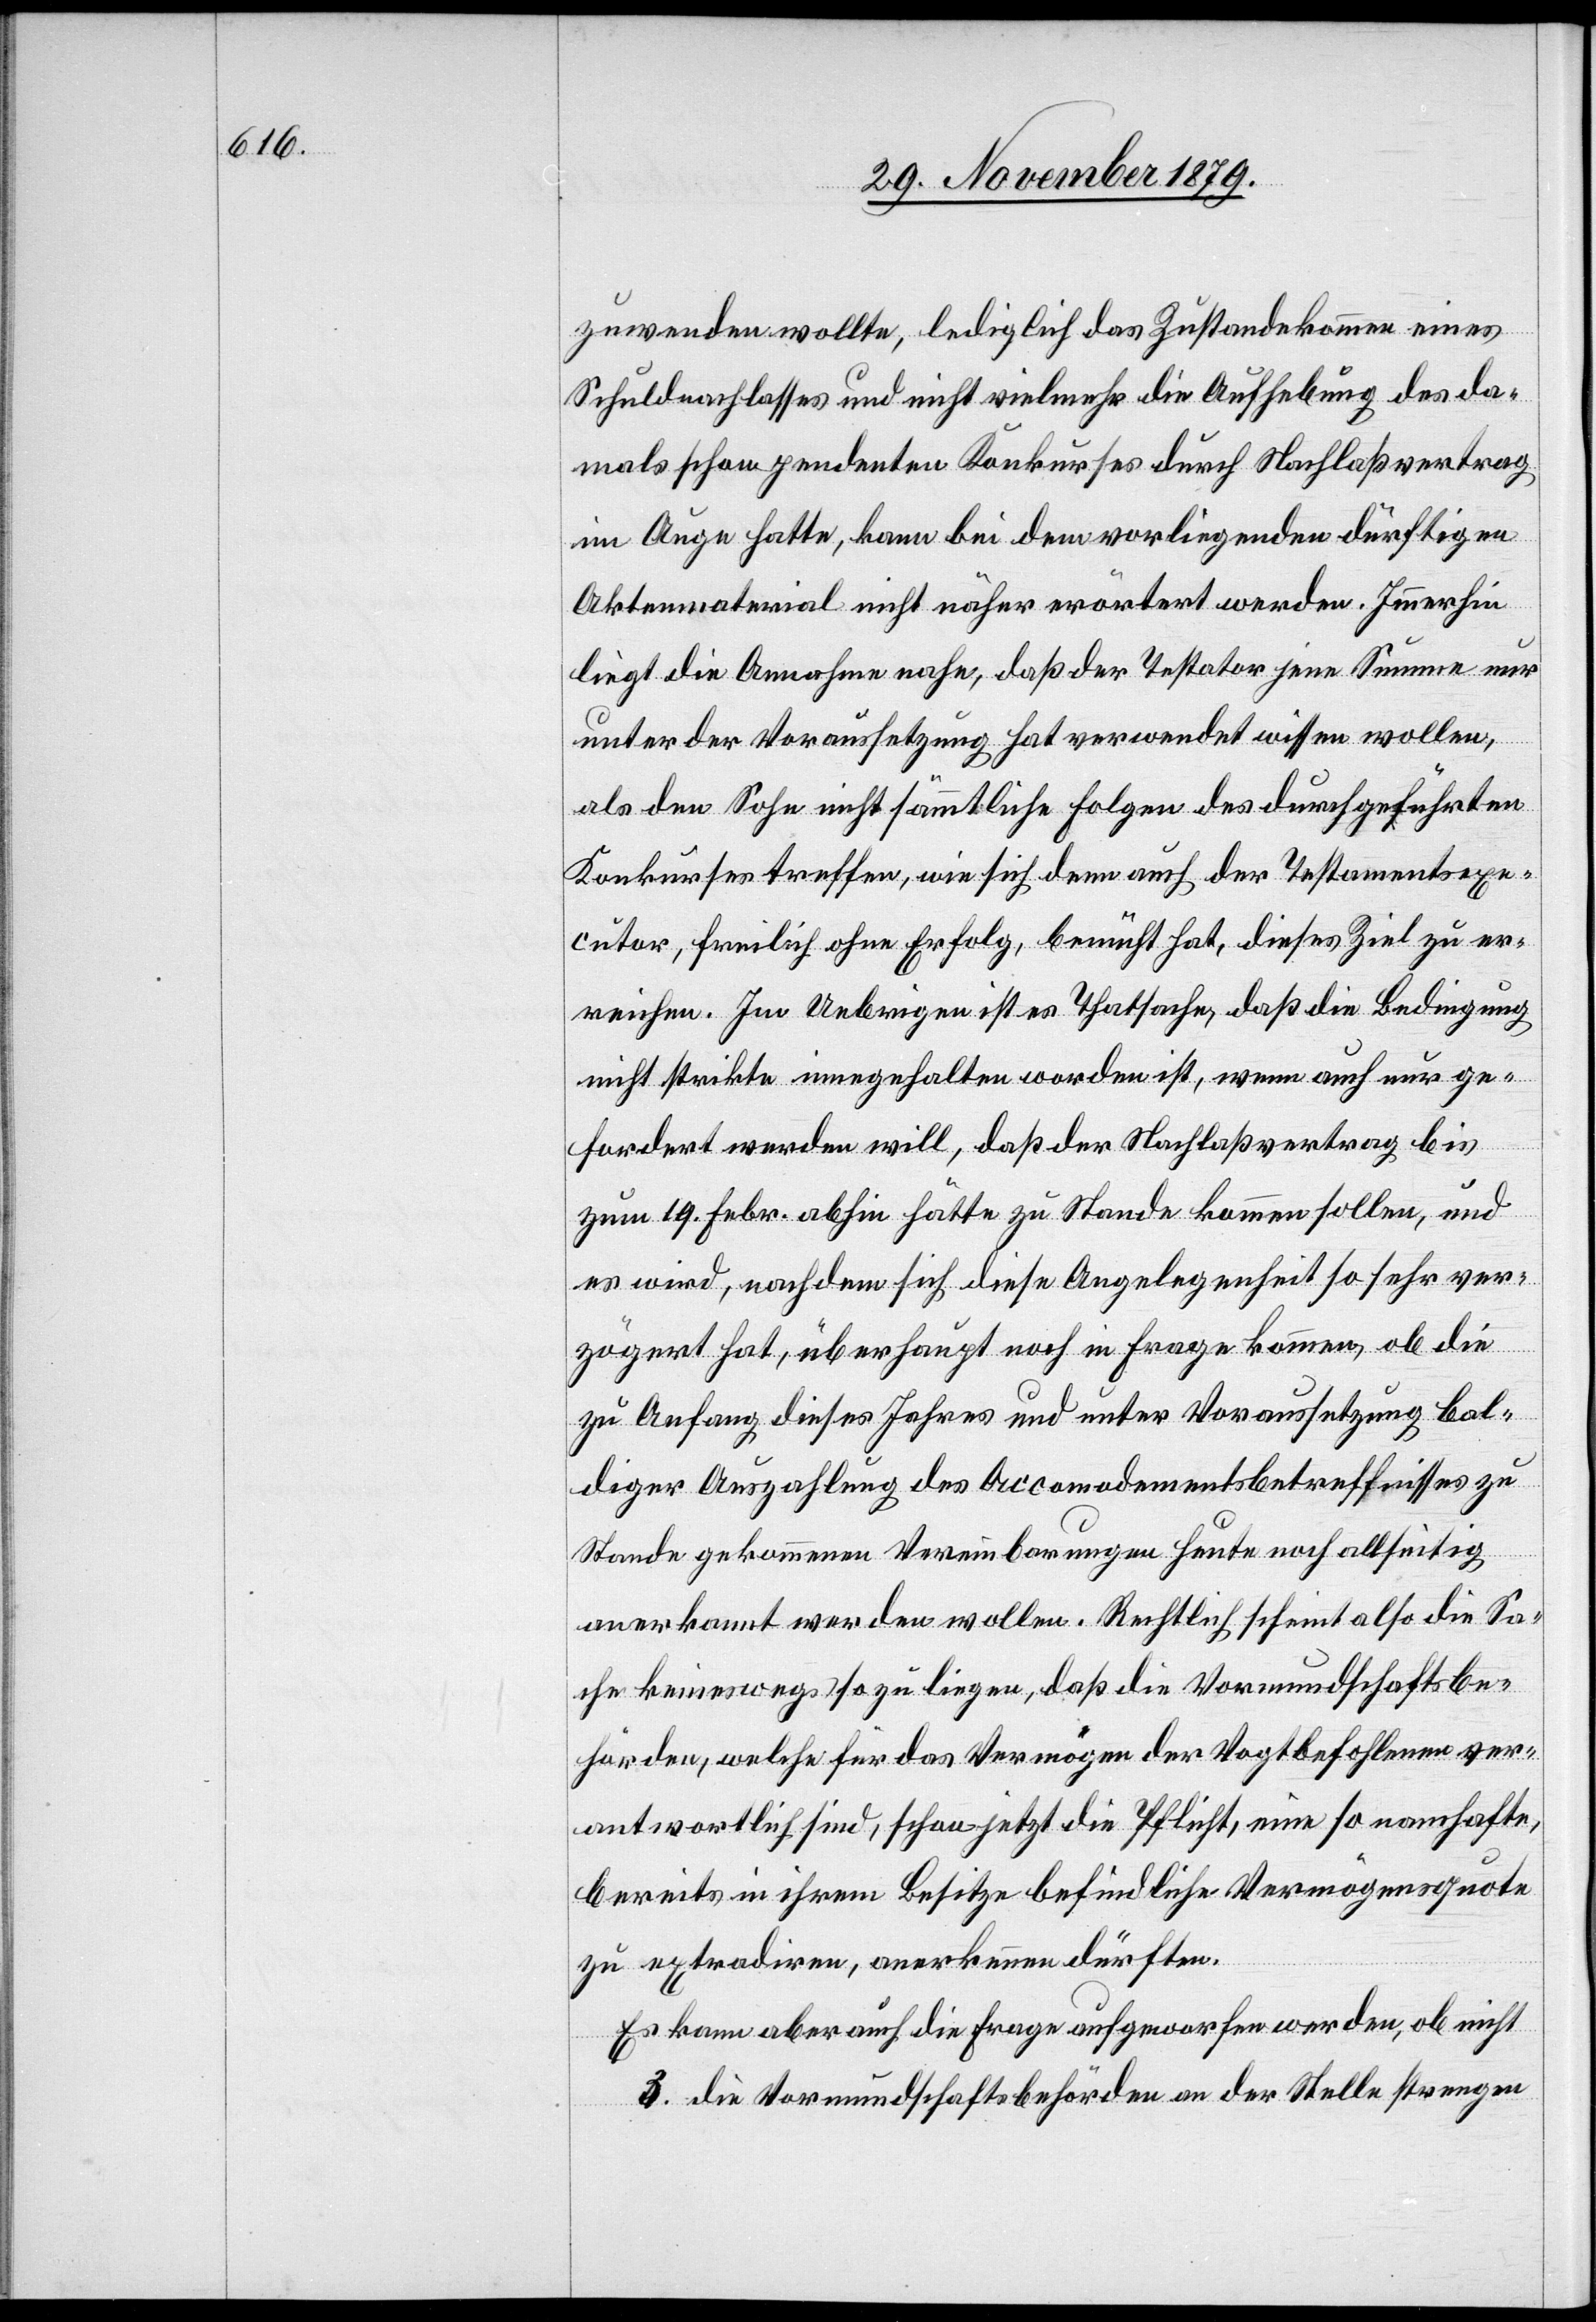
zuwenden wollte, lediglich das Zustandekommen eines
Schuldnachlasses und nicht vielmehr die Aufhebung des da¬
mals schon pendenten Konkurses durch Nachlaßvertrag
im Auge hatte, kann bei dem vorliegenden dürftigen
Aktenmaterial nicht näher erörtert werden. Immerhin
liegt die Annahme nahe, daß der Testator jene Summe nur
unter der Voraussetzung hat verwendet wissen wollen,
als den Sohn nicht sämmtliche Folgen des durchgeführten
Konkurses treffen, wie sich denn auch der Testamentsexe¬
cutor, freilich ohne Erfolg, bemüht hat, dieses Ziel zu er¬
reichen. Im Uebrigen ist es Thatsache, daß die Bedingung
nicht strikte innegehalten worden ist, wenn auch nur ge¬
fordert werden will, daß der Nachlaßvertrag bis
zum 19. Febr. abhin hätte zu Stande kommen sollen, und
es wird, nachdem sich diese Angelegenheit so sehr ver¬
zögert hat, überhaupt noch in Frage kommen, ob die
zu Anfang dieses Jahres und unter Voraussetzung bal¬
diger Auszahlung des Accomodementsbetreffnisses zu
Stande gekommenen Vereinbarungen heute noch allseitig
anerkannt werden wollen. Rechtlich scheint also die Sa¬
che keineswegs so zu liegen, daß die Vormundschaftsbe¬
hörden, welche für das Vermögen der Vogtbefohlenen ver¬
antwortlich sind, schon jetzt die Pflicht, eine so namhafte,
bereits in ihrem Besitze befindliche Vermögensquote
zu extradiren, anerkennen dürften.
Es kann aber auch die Frage aufgeworfen werden, ob nicht
3. die Vormundschaftsbehörden an der Stelle strengen